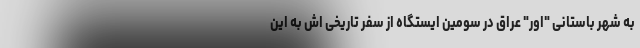
به شهر باستانی "اور" عراق در سومین ایستگاه از سفر تاریخی اش به این